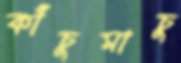
কাঁচুমাচু